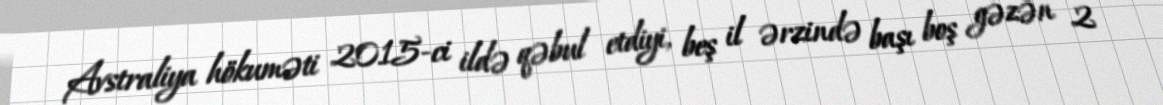
Avstraliya hökuməti 2015-ci ildə qəbul etdiyi, beş il ərzində başı boş gəzən 2